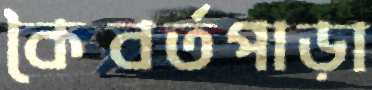
কৈবর্তপাড়া